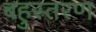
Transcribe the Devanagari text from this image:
बहुस्तरण